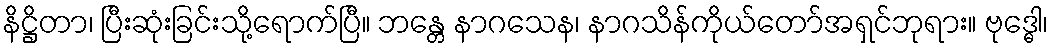
နိဋ္ဌိတာ၊ ပြီးဆုံးခြင်းသို့ရောက်ပြီ။ ဘန္တေ နာဂသေန၊ နာဂသိန်ကိုယ်တော်အရှင်ဘုရား။ ဗုဒ္ဓေါ၊